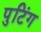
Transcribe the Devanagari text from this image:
पुटिंग